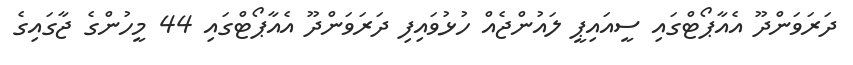
ދަރަވަންދޫ އެއާޕޯޓްގައި ސީއައިޕީ ލައުންޖެއް ހުޅުވައިފި ދަރަވަންދޫ އެއާޕޯޓްގައި 44 މީހުންގެ ޖާގައިގެ